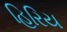
હિરિય